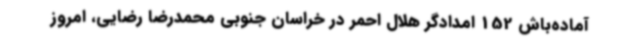
آماده‌باش 152 امدادگر هلال احمر در خراسان جنوبی محمدرضا رضایی، امروز